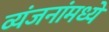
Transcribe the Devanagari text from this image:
व्यंजनांमध्ये